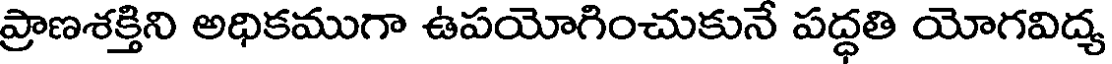
ప్రాణశక్తిని అధికముగా ఉపయోగించుకునే పద్ధతి యోగవిద్య